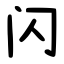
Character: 闪